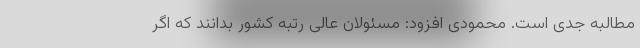
مطالبه جدی است. محمودی افزود: مسئولان عالی رتبه کشور بدانند که اگر